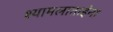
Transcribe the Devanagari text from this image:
श्यामलाताईंना